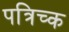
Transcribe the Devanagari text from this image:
पत्रिच्क